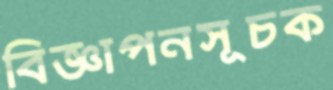
বিজ্ঞাপনসূচক